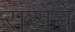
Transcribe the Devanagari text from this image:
राखेचे